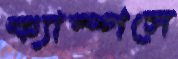
ক্যাম্পসে